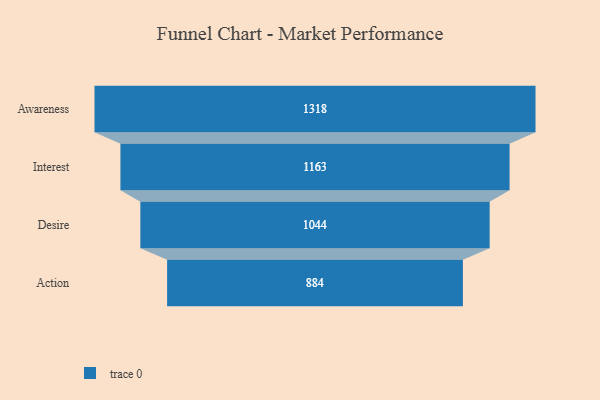
{"axis": {"x": "Stage", "y": "Value"}, "legend": [""], "data": [{"x": "Awareness", "y": 1318.0, "type": ""}, {"x": "Interest", "y": 1163.0, "type": ""}, {"x": "Desire", "y": 1044.0, "type": ""}, {"x": "Action", "y": 884.0, "type": ""}]}